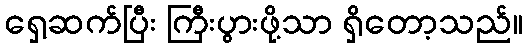
ရှေ့ဆက်ပြီး ကြီးပွားဖို့သာ ရှိတော့သည်။